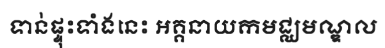
ទាន់ផ្ទុះទាំងនេះ អគ្គនាយកមជ្ឈមណ្ឌល